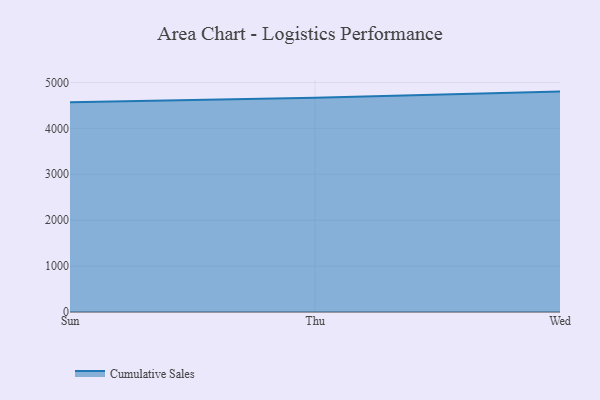
{"axis": {"x": "Day", "y": "Website Visitors"}, "legend": ["Cumulative Sales"], "data": [{"x": "Sun", "y": 4569.3, "type": "Cumulative Sales"}, {"x": "Thu", "y": 4667.8, "type": "Cumulative Sales"}, {"x": "Wed", "y": 4801.5, "type": "Cumulative Sales"}]}